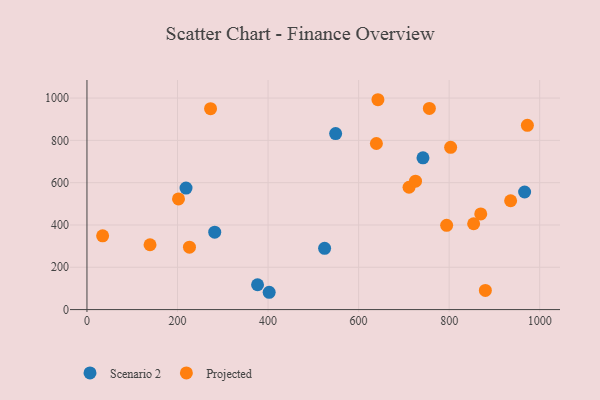
{"axis": {"x": "Distance", "y": "Exam Score"}, "legend": ["Projected", "Scenario 2"], "data": [{"x": "376.8", "y": 117.4, "type": "Scenario 2"}, {"x": "402.5", "y": 81.8, "type": "Scenario 2"}, {"x": "966.7", "y": 555.9, "type": "Scenario 2"}, {"x": "282.2", "y": 366.0, "type": "Scenario 2"}, {"x": "549.3", "y": 832.3, "type": "Scenario 2"}, {"x": "218.8", "y": 574.2, "type": "Scenario 2"}, {"x": "742.2", "y": 717.3, "type": "Scenario 2"}, {"x": "524.9", "y": 289.8, "type": "Scenario 2"}, {"x": "202.2", "y": 523.3, "type": "Projected"}, {"x": "34.6", "y": 348.5, "type": "Projected"}, {"x": "972.8", "y": 870.9, "type": "Projected"}, {"x": "869.8", "y": 452.1, "type": "Projected"}, {"x": "273.0", "y": 949.8, "type": "Projected"}, {"x": "642.7", "y": 992.1, "type": "Projected"}, {"x": "639.3", "y": 785.1, "type": "Projected"}, {"x": "711.4", "y": 578.4, "type": "Projected"}, {"x": "139.3", "y": 306.4, "type": "Projected"}, {"x": "794.5", "y": 398.2, "type": "Projected"}, {"x": "725.7", "y": 607.0, "type": "Projected"}, {"x": "226.4", "y": 294.8, "type": "Projected"}, {"x": "803.3", "y": 766.9, "type": "Projected"}, {"x": "756.3", "y": 951.2, "type": "Projected"}, {"x": "880.0", "y": 90.6, "type": "Projected"}, {"x": "935.8", "y": 514.5, "type": "Projected"}, {"x": "854.1", "y": 405.7, "type": "Projected"}]}